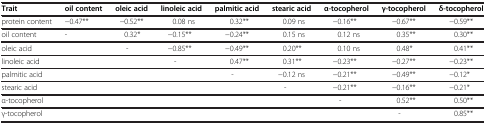
<table><thead><tr><td><b>Trait</b></td><td><b>oil content</b></td><td><b>oleic acid</b></td><td><b>linoleic acid</b></td><td><b>palmitic acid</b></td><td><b>stearic acid</b></td><td><b>α-tocopherol</b></td><td><b>γ-tocopherol</b></td><td><b>δ-tocopherol</b></td></tr></thead><tbody><tr><td>protein content</td><td>−0.47**</td><td>−0.52**</td><td>0.08 ns</td><td>0.32**</td><td>0.09 ns</td><td>−0.16**</td><td>−0.67**</td><td>−0.59**</td></tr><tr><td>oil content</td><td>-</td><td>0.32*</td><td>−0.15**</td><td>−0.24**</td><td>0.15 ns</td><td>0.12 ns</td><td>0.35**</td><td>0.30**</td></tr><tr><td>oleic acid</td><td> </td><td>-</td><td>−0.85**</td><td>−0.49**</td><td>0.20**</td><td>0.10 ns</td><td>0.48*</td><td>0.41**</td></tr><tr><td>linoleic acid</td><td> </td><td> </td><td>-</td><td>0.47**</td><td>0.31**</td><td>−0.23**</td><td>−0.27**</td><td>−0.23**</td></tr><tr><td>palmitic acid</td><td> </td><td> </td><td> </td><td>-</td><td>−0.12 ns</td><td>−0.21**</td><td>−0.49**</td><td>−0.12*</td></tr><tr><td>stearic acid</td><td> </td><td> </td><td> </td><td> </td><td>-</td><td>−0.21**</td><td>−0.16**</td><td>−0.21*</td></tr><tr><td>α-tocopherol</td><td> </td><td> </td><td> </td><td> </td><td> </td><td>-</td><td>0.52**</td><td>0.50**</td></tr><tr><td>γ-tocopherol</td><td> </td><td> </td><td> </td><td> </td><td> </td><td> </td><td>-</td><td>0.85**</td></tr></tbody></table>